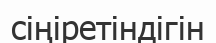
сіңіретіндігін